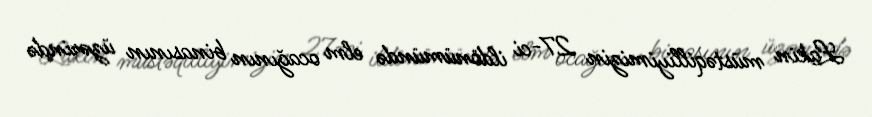
Lakin müstəqilliyimizin 27-ci ildönümündə elm ocağının binasının üzərində